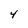
Character: 4